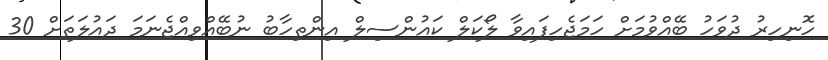
ހޮނިހިރު ދުވަހު ބޭއްވުމަށް ހަމަޖެހިފައިވާ ލޯކަލް ކައުންސިލް އިންތިހާބު ނުބޭއްވިއްޖެނަމަ ދައުލަތަށް 30